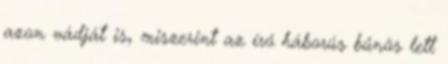
azon vádját is, miszerint az író háborús bűnös lett